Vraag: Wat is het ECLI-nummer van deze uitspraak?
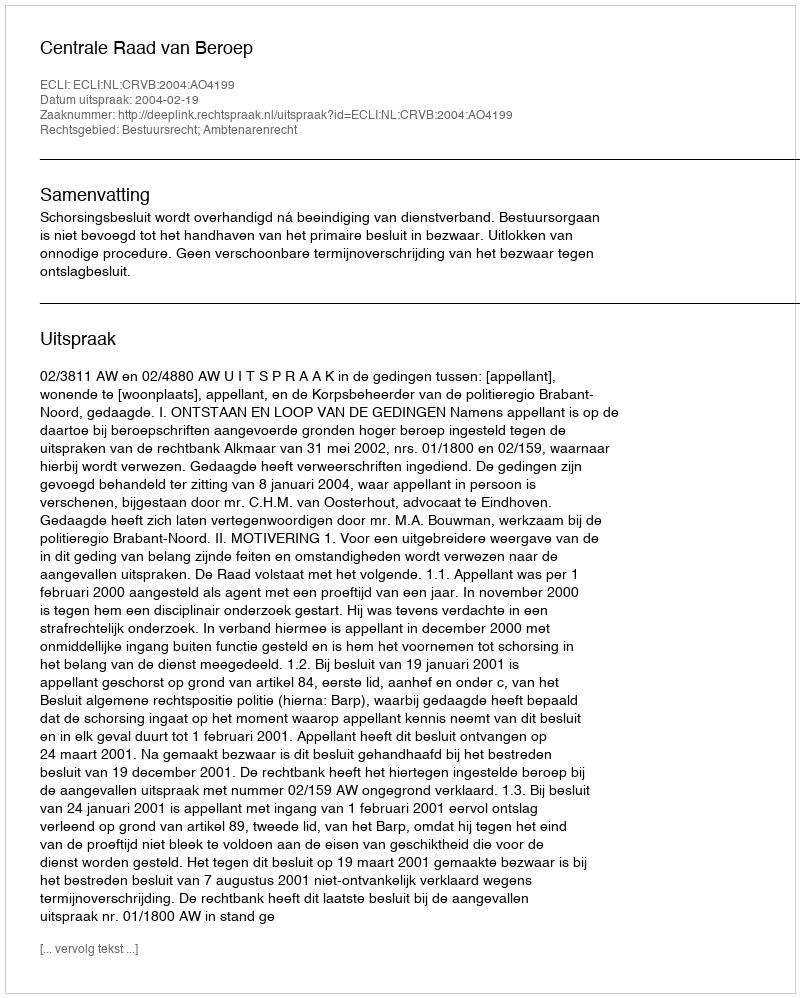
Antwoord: ECLI:NL:CRVB:2004:AO4199